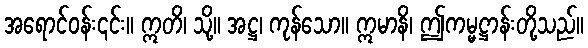
အရောင်ဝန်း၎င်း။ ဣတိ၊ သို့။ အဋ္ဌ၊ ကုန်သော။ ဣမာနိ၊ ဤကမ္မဋ္ဌာန်းတို့သည်။